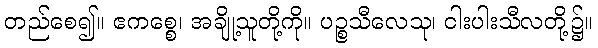
တည်စေ၍။ ဧကစ္စေ၊ အချို့သူတို့ကို။ ပဉ္စသီလေသု၊ ငါးပါးသီလတို့၌။